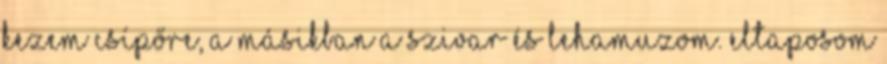
kezem csípőre, a másikban a szivar és lehamuzom. Eltaposom